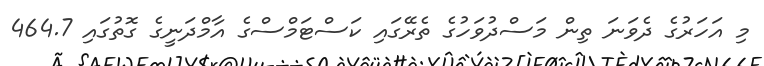
މި އަހަރުގެ ދެވަނަ ތިން މަސްދުވަހުގެ ތެރޭގައި ކަސްޓަމްސްގެ އާމްދަނީގެ ގޮތުގައި 464.7